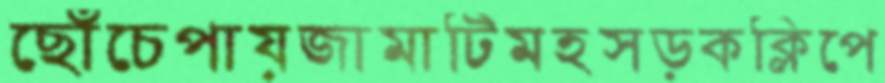
ছোঁচেপায়জামাটিমহসড়কক্লিপে